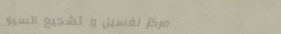
مركز لغسيل و تشجيع السيار